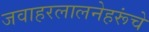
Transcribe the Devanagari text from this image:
जवाहरलालनेहरूंचे